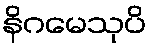
နိဂမေသုပိ